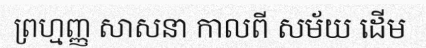
ព្រហ្មញ្ញ សាសនា កាលពី សម័យ ដើម